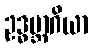
ဥဒ္ဓမ္ဘာဂိယာ